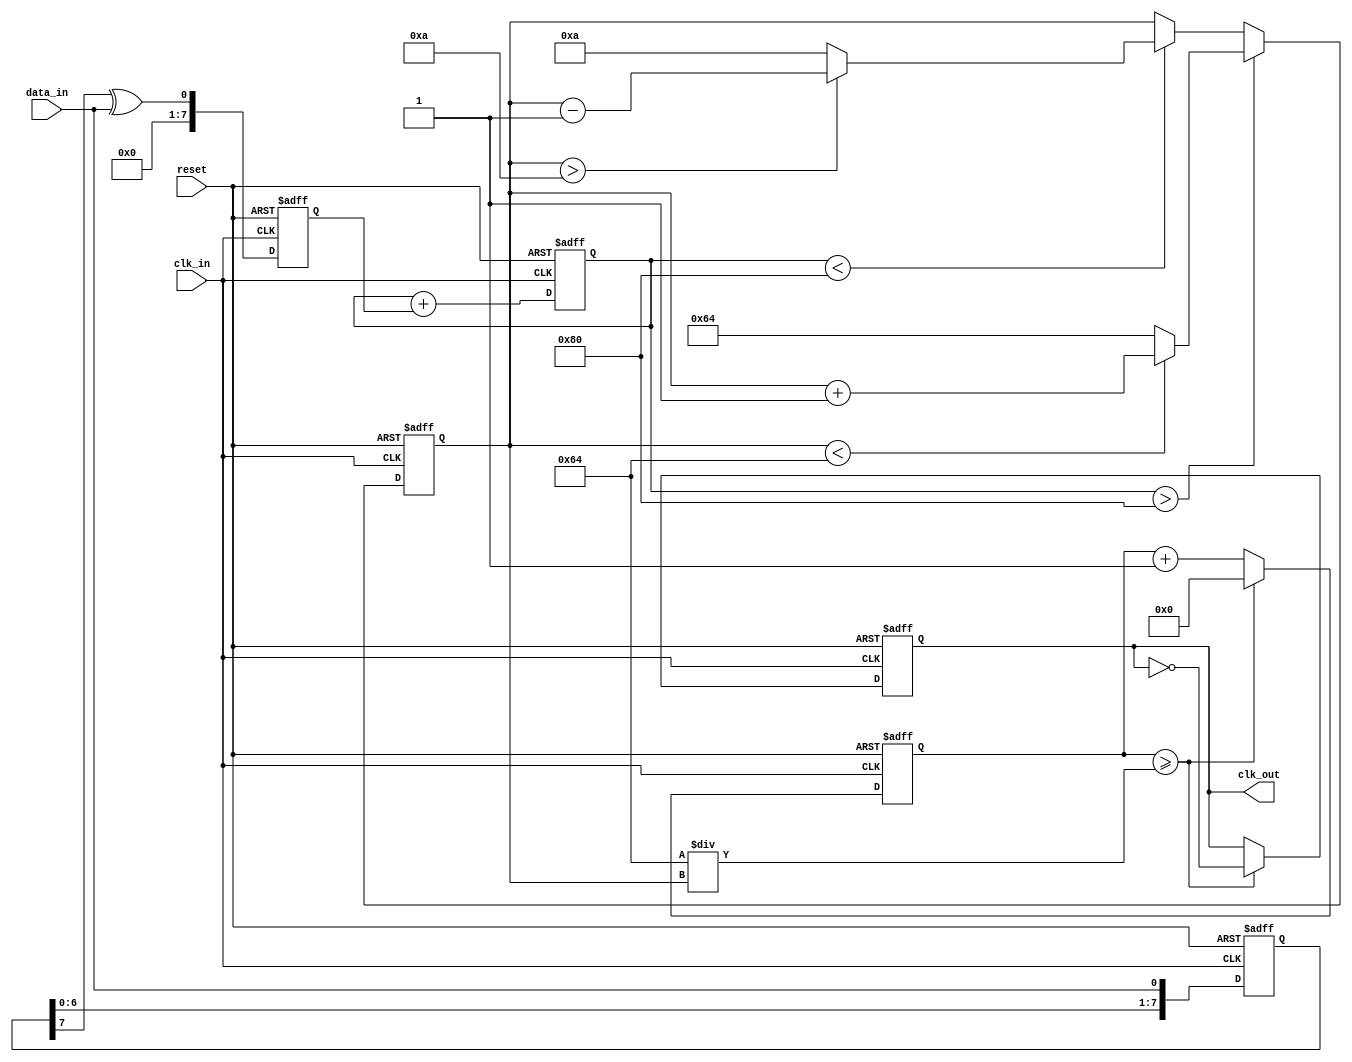
module ClockRecoveryPLL (
    input wire clk_in,        // Incoming data clock
    input wire data_in,       // Incoming data signal
    output reg clk_out,       // Output clock signal
    input wire reset          // Asynchronous reset
);

// Parameters
parameter MEMORY_SIZE = 8;  // Size of memory blocks
parameter VCO_MAX_FREQ = 100; // Max frequency for VCO
parameter VCO_MIN_FREQ = 10;  // Min frequency for VCO

// Internal signals
reg [MEMORY_SIZE-1:0] phase_memory; // Memory blocks for phase information
reg [7:0] phase_error;               // Phase error signal
reg [7:0] control_voltage;            // Control voltage for VCO
reg [7:0] vco_frequency;              // Current VCO frequency
reg [3:0] clk_divider;                // Clock divider

// Phase Detector
always @(posedge clk_in or posedge reset) begin
    if (reset) begin
        phase_memory <= 0;
        phase_error <= 0;
    end else begin
        // Simple phase detection logic
        phase_memory <= {phase_memory[MEMORY_SIZE-2:0], data_in};
        phase_error <= phase_memory[MEMORY_SIZE-1] ^ data_in; // XOR for phase error
    end
end

// Loop Filter (First-order)
always @(posedge clk_in or posedge reset) begin
    if (reset) begin
        control_voltage <= 0;
    end else begin
        control_voltage <= control_voltage + phase_error; // Simple integration
    end
end

// Voltage-Controlled Oscillator (VCO)
always @(posedge clk_in or posedge reset) begin
    if (reset) begin
        vco_frequency <= VCO_MIN_FREQ;
    end else begin
        // Adjust VCO frequency based on control voltage
        if (control_voltage > 128) begin
            vco_frequency <= (vco_frequency < VCO_MAX_FREQ) ? vco_frequency + 1 : VCO_MAX_FREQ;
        end else if (control_voltage < 128) begin
            vco_frequency <= (vco_frequency > VCO_MIN_FREQ) ? vco_frequency - 1 : VCO_MIN_FREQ;
        end
    end
end

// Clock Divider
always @(posedge clk_in or posedge reset) begin
    if (reset) begin
        clk_divider <= 0;
        clk_out <= 0;
    end else begin
        clk_divider <= clk_divider + 1;
        if (clk_divider >= (VCO_MAX_FREQ / vco_frequency)) begin
            clk_out <= ~clk_out; // Toggle output clock
            clk_divider <= 0;     // Reset divider
        end
    end
end

endmodule